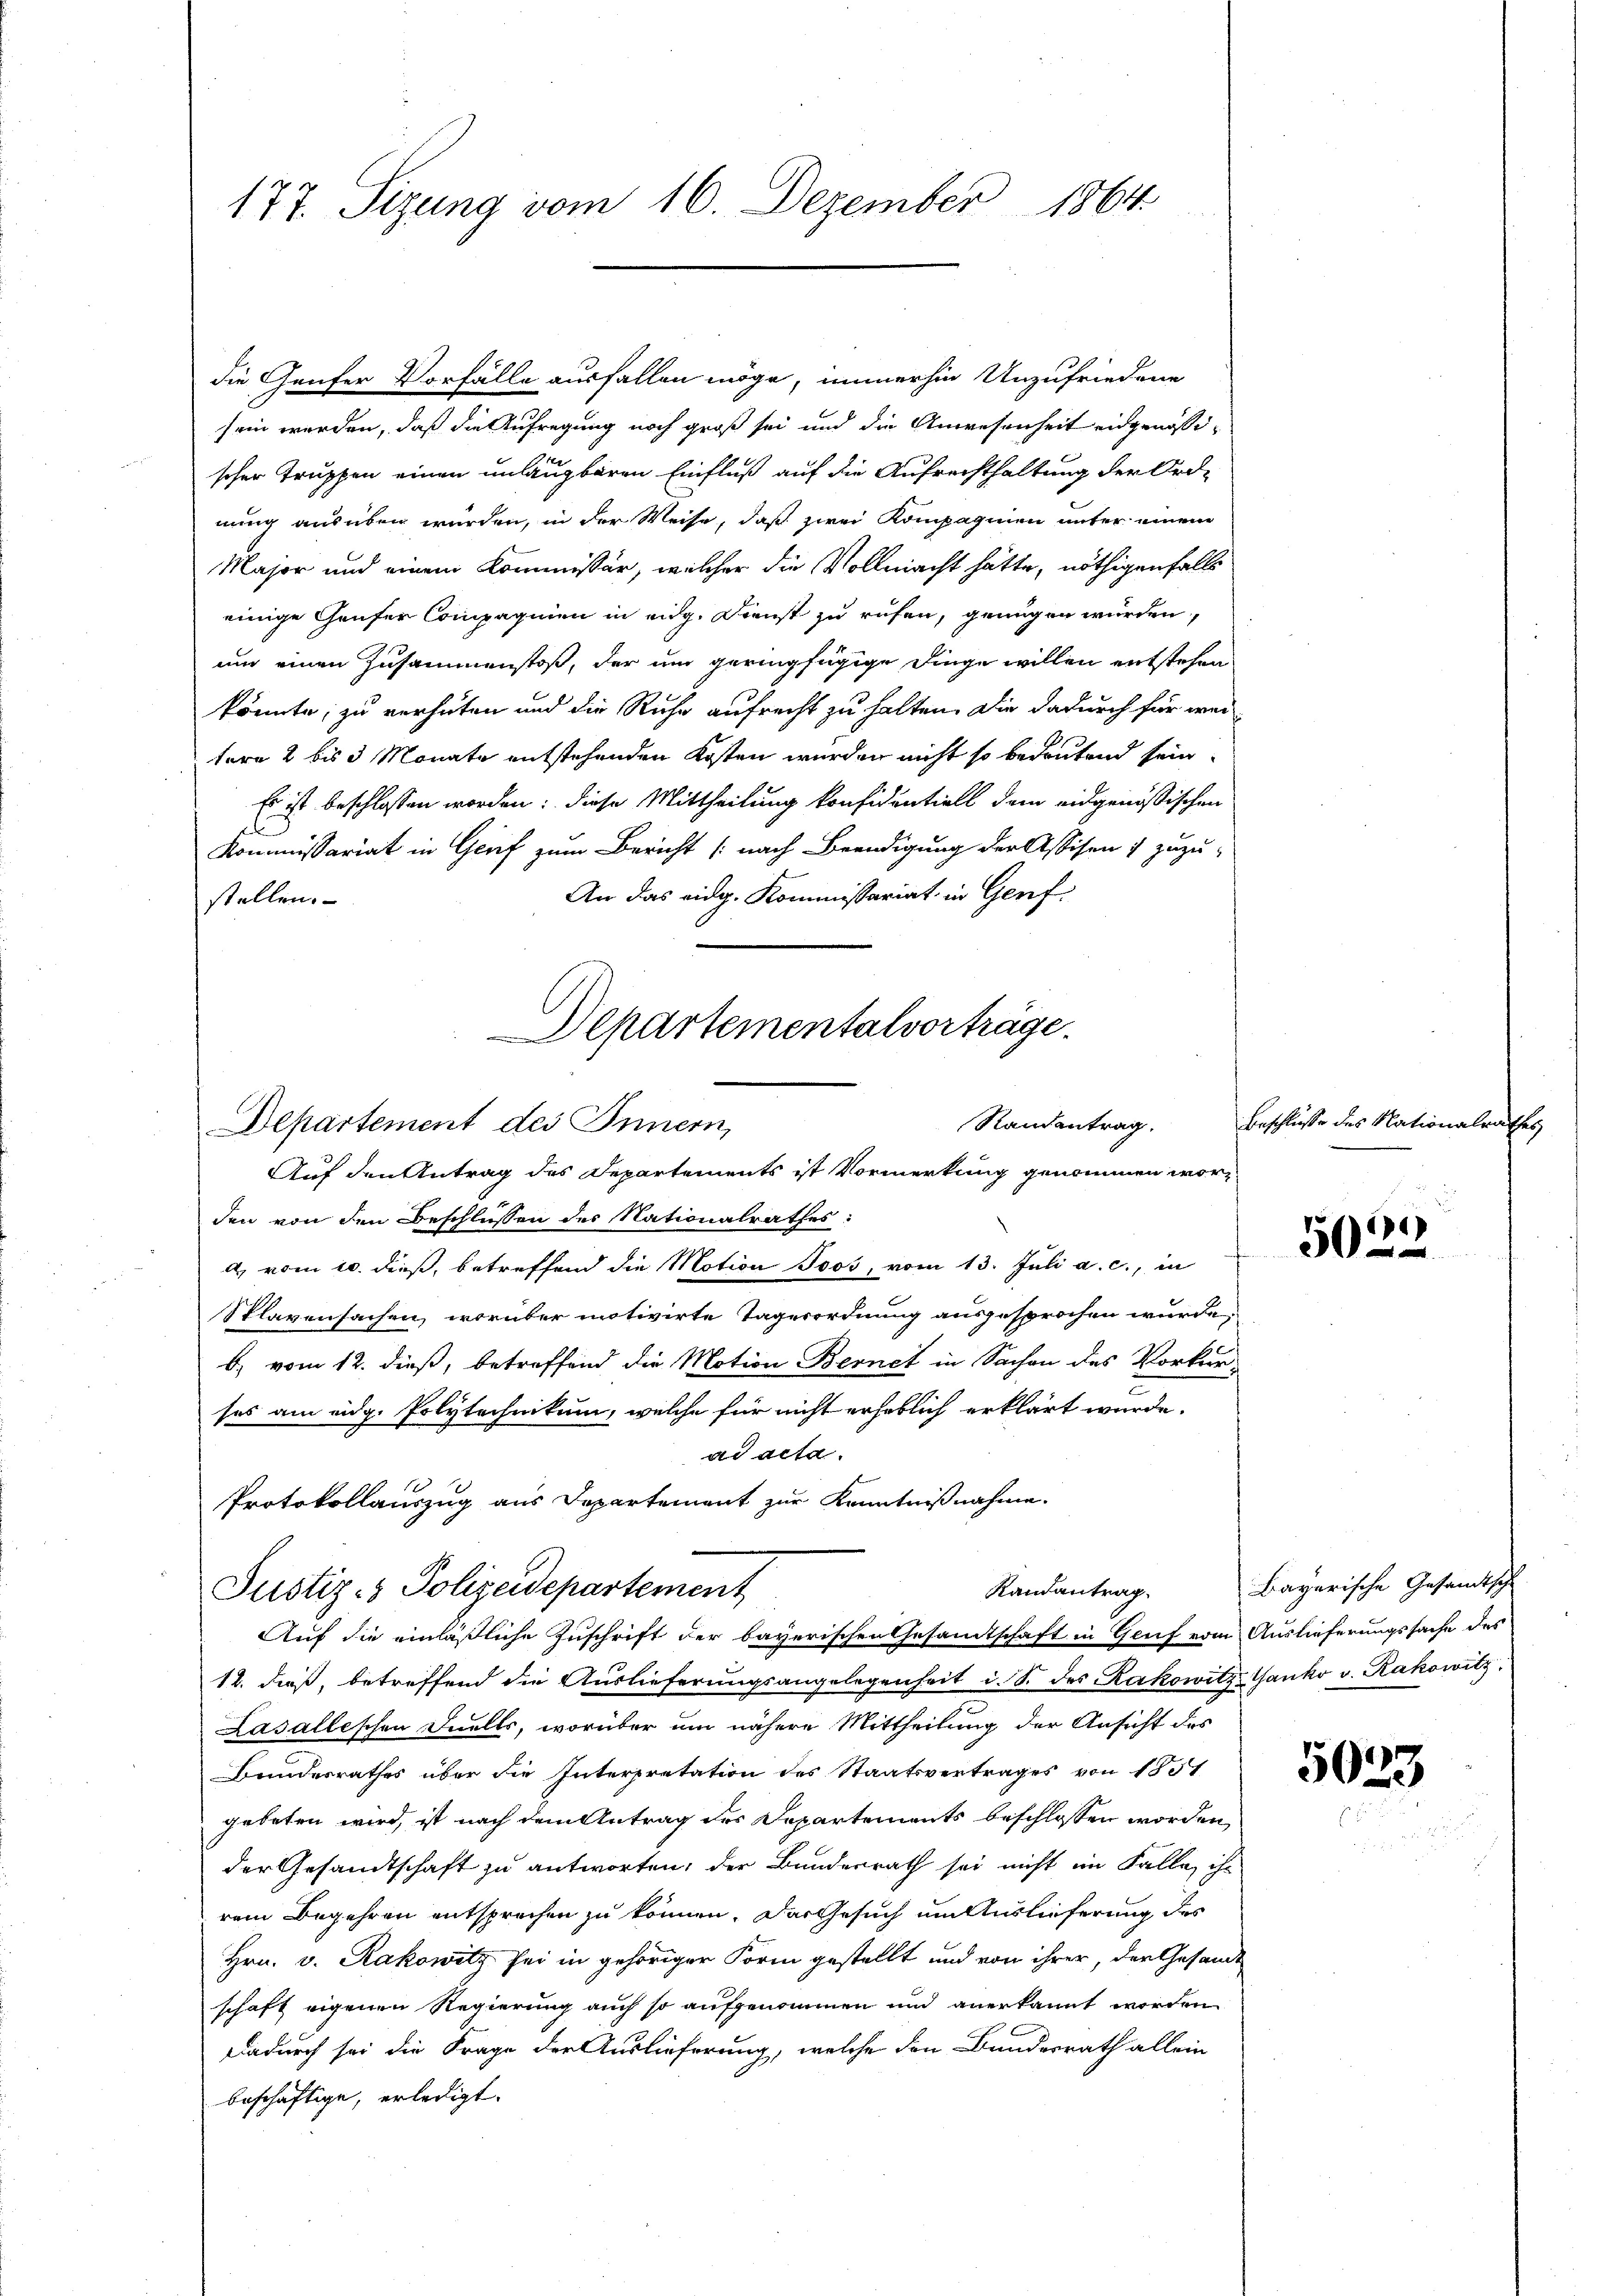
177. Sizung vom 16. Dezember 1864.

die Genfer Vorfälle ausfallen möge, immerhin Unzufriedene
sein werden, daß die Aufregung noch groß sei und die Anwesenheit eidgenössischer Truppen einen unlaugbaren Einfluß auf die Aufrechthaltung der Ord-
nung ausüben würden, in der Weise, daß zwei Kompagnien unter einem
Major und einem Kommissär, welcher die Vollmacht hätte, nöthigenfalls
einige Hauser Compagnien in eidg. Dienst zu rufen, genügen würden,
um einen Zusammenstoß, der um geringfügige Dinge willen entstehen
könnte; zu verhüten und die Ruhe aufrecht zu halten. Die dadurch für wei
tere 2 bis 3 Monate entstehenden Kosten werden nicht so bedeutend sein.
Es ist beschlossen worden: diese Mittheilung konfidentiell dem eidgenössischen
f
Kommissariat in Grief zum Bericht (nach Beendigung der Assisen & zuzu-
An das eidg. Kommissariat in Genf.
stellen.
den von den Beschlüssen des Nationalrathes:
d) vom 10. dieß, betreffend die Motion Joos, vom 13. Juli a. c., in
Splavensachen, worüber motivirte Tagerordnung ausgesprochen würde,
b) vom 12. dieß, betreffend die Motion Bernet in Sachen des Vorkurses am eidg. Polytechnikum, welche für nicht erheblich erklärt wurde.
ad acta.
Protokollauszug aus Departement zur Kenntnißnahme.
Randantrag.
Justiz- & Polizeidepartement
Auf die einläßliche Zuschrift der bayerischen Gesamtschaft in Genf vom Auslieferungssache des
12. dieß, betreffend die Auslieferungsangelegenheit i. S. des Kakowitz, Ganko v. Kakowitz.
Lasallischen Duells, worüber um nähere Mittheilung der Ansicht des
Bundesrathes über die Interpretation des Staatsvertrages von 1851
gebeten wird, ist nach dem Antrag des Departements beschlossen worden,
der Gesandtschaft zu antworten, der Bundesrath sei nicht im Falle ihr
rem Begehren entsprechen zu können. Das Gesuch um Auslieferung des
Hrn. v. Kakowitz sei in gehöriger Form gestellt und von ihrer, der Gesandt
schaft eigenen Regierung auch so aufgenommen und anerkannt worden
Dadurch sei die Frage der Auslieferung, welche den Bundesrath allein
beschäftige, erledigt.

Departementalvorträge.
Randantrag.
Departement des Innern,
Auf den Antrag des Departements ist Vormerkung genommen wor¬

Beschlusse des Nationalrathes,

4
502

Bayerische Gesandtsch

5023